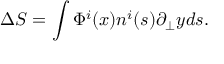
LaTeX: \Delta S = \int \Phi ^ { i } ( x ) n ^ { i } ( s ) \partial _ { \bot } y d s .